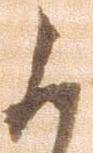
候